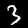
Label: 3